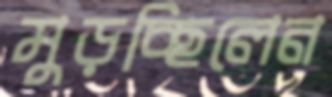
মুড়চ্ছিলেন